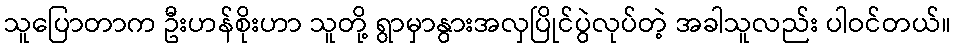
သူပြောတာက ဦးဟန်စိုးဟာ သူတို့ ရွာမှာနွားအလှပြိုင်ပွဲလုပ်တဲ့ အခါသူလည်း ပါဝင်တယ်။